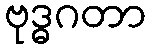
ဗုဒ္ဓဂတာ